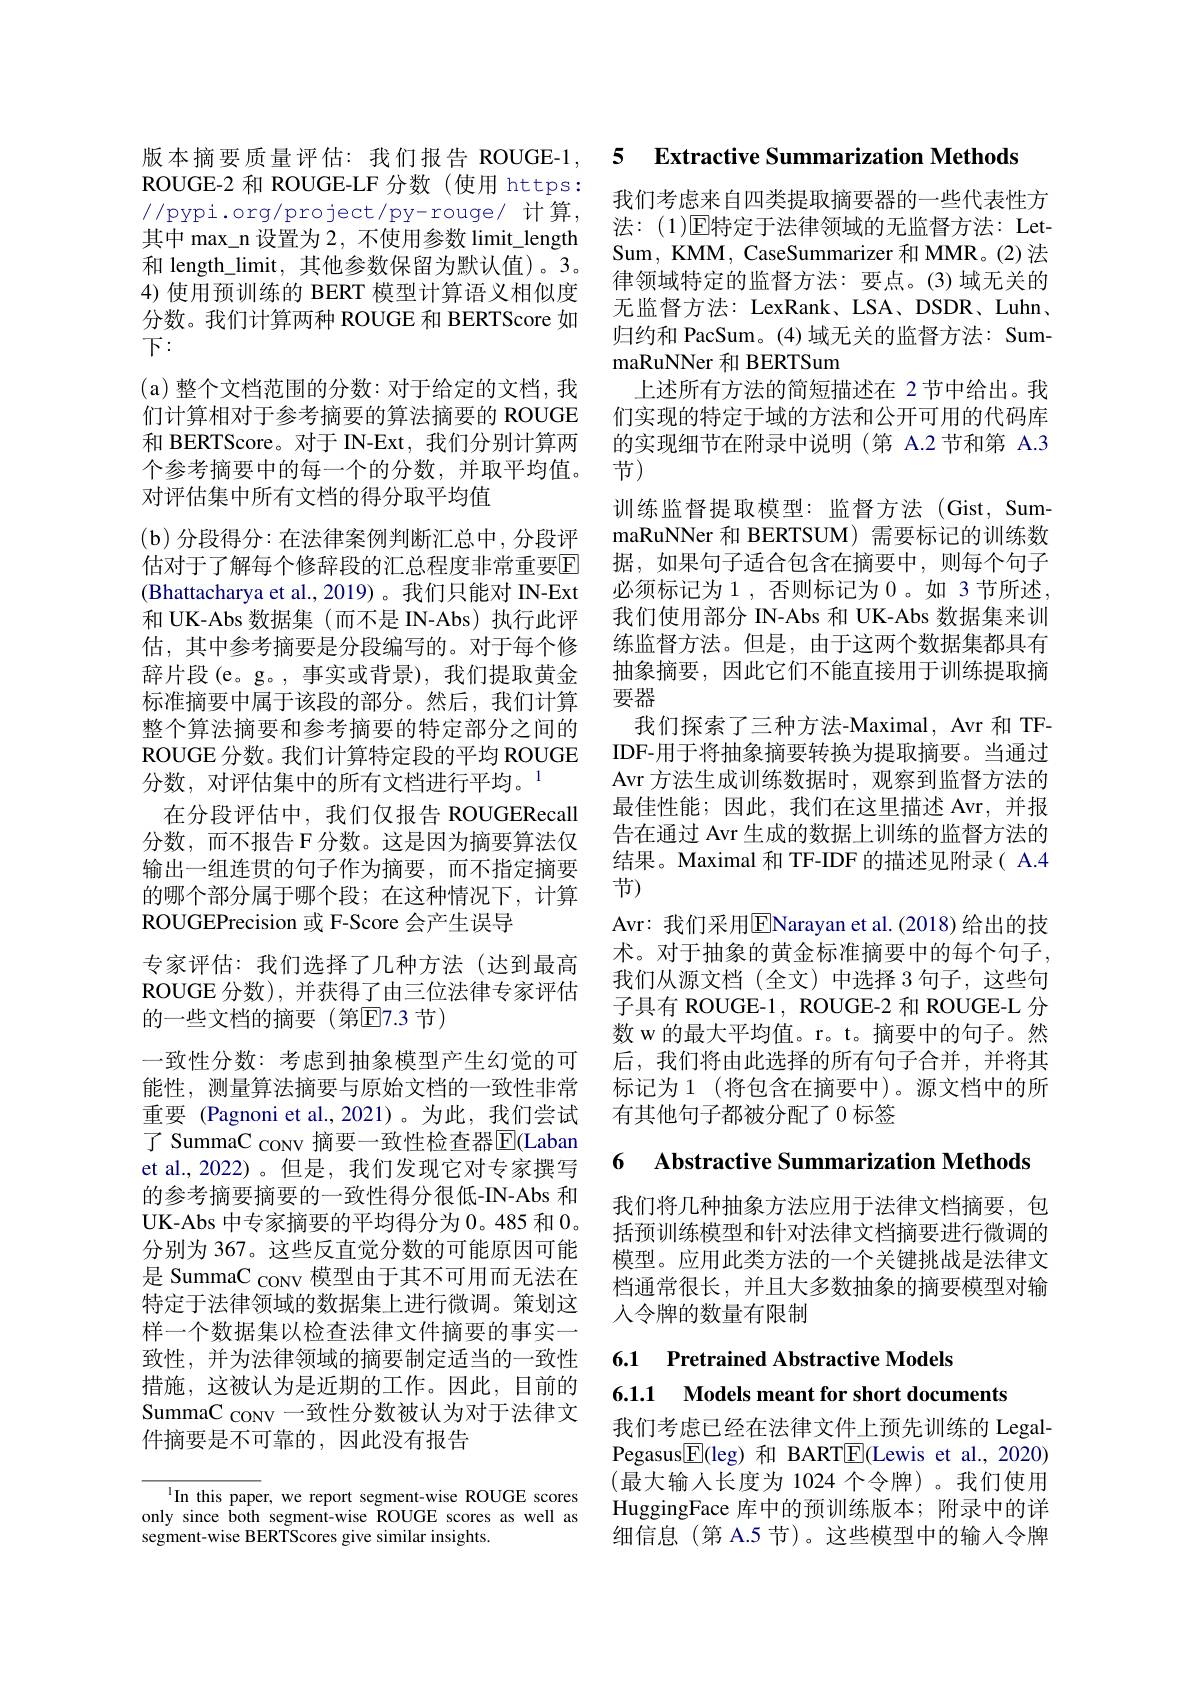
ROUGE-2 和 ROUGE-LF 分数 (使用 https: 其中 max\_n 设置为 2, 不使用参数 limit\_length 和 length\_limit, 其他参数保留为默认值)。3。4) 使用预训练的 BERT 模型计算语义相似度分数。我们计算两种 ROUGE 和 BERTScore 如下：
(a)整个文档范围的分数：对于给定的文档，我们计算相对于参考摘要的算法摘要的 ROUGE 和 BERTScore。对于 IN-Ext, 我们分别计算两个参考摘要中的每一个的分数，并取平均值。对评估集中所有文档的得分取平均值
(b)分段得分：在法律案例判断汇总中，分段评估对于了解每个修辞段的汇总程度非常重要$\overline{\mathrm{E}}$ (Bhattacharya et al.,2019)。我们只能对 IN-Ext 和 UK-Abs 数据集 (而不是 IN-Abs)执行此评估，其中参考摘要是分段编写的。对于每个修辞片段(e。g。,事实或背景),我们提取黄金标准摘要中属于该段的部分。然后，我们计算整个算法摘要和参考摘要的特定部分之间的ROUGE 分数。我们计算特定段的平均 ROUGE 分数，对评估集中的所有文档进行平均。1
在分段评估中，我们仅报告 ROUGERecall 分数，而不报告 F 分数。这是因为摘要算法仅输出一组连贯的句子作为摘要，而不指定摘要的哪个部分属于哪个段；在这种情况下，计算ROUGEPrecision 或 F-Score 会产生误导
专家评估：我们选择了几种方法(达到最高ROUGE 分数), 并获得了由三位法律专家评估的一些文档的摘要(第$\mathbb{E}$7.3 节)
一致性分数：考虑到抽象模型产生幻觉的可能性，测量算法摘要与原始文档的一致性非常重要 (Pagnoni et al.,2021)。为此，我们尝试了 SummaC coNv 摘要一致性检查器$\overline{\mathrm{E}}($Laban et al., 2022)。但是，我们发现它对专家撰写的参考摘要摘要的一致性得分很低-IN-Abs 和UK-Abs 中专家摘要的平均得分为0。485和0。分别为 367。这些反直觉分数的可能原因可能是 SummaC conv 模型由于其不可用而无法在特定于法律领域的数据集上进行微调。策划这样一个数据集以检查法律文件摘要的事实一致性，并为法律领域的摘要制定适当的一致性措施，这被认为是近期的工作。因此，目前的SummaC coNV 一致性分数被认为对于法律文件摘要是不可靠的，因此没有报告

In this paper, we report segment-wise ROUGE scores only since both segment-wise ROUGE scores as well as segment-wise BERTScores give similar insights.

版本摘要质量评估：我们报告 ROUGE-1, 5 Extractive Summarization Methods

$l/$pypi.org/project/py-rouge/计算，$\begin{array}{ccc}\text{我们考虑来自四类提取摘要器的一些代表性方}\\\text{注：(1)同特定干法律领域的无监督方法：Iet}\end{array}$
法 : ( 1) ${\mathrm{E} }$特定于法律领域的无监督方法：LetSum, KMM, CaseSummarizer 和 MMR。(2) 法律领域特定的监督方法：要点。(3)域无关的无监督方法：LexRank、LSA、DSDR、Luhn、 归约和 PacSum。(4)域无关的监督方法：SummaRuNNer 和 BERTSum
上述所有方法的简短描述在 2 节中给出。我们实现的特定于域的方法和公开可用的代码库的实现细节在附录中说明(第 A.2 节和第 A.3节)
训练监督提取模型：监督方法(Gist,SummaRuNNer 和 BERTSUM) 需要标记的训练数据，如果句子适合包含在摘要中，则每个句子必须标记为1 , 否则标记为 0 。如 3 节所述， 我们使用部分 IN-Abs 和 UK-Abs 数据集来训练监督方法。但是，由于这两个数据集都具有抽象摘要，因此它们不能直接用于训练提取摘要器
我们探索了三种方法-Maximal, Avr 和 TFIDF-用于将抽象摘要转换为提取摘要。当通过Avr 方法生成训练数据时，观察到监督方法的最佳性能；因此，我们在这里描述 Avr,并报告在通过 Avr 生成的数据上训练的监督方法的结果。Maximal 和 TF-IDF 的描述见附录( A.4节)
Avr: 我们采用$\overline{\mathrm{E}}$Narayan et al.(2018)给出的技术。对于抽象的黄金标准摘要中的每个句子， 我们从源文档(全文)中选择 3 句子，这些句子具有 ROUGE-1, ROUGE-2 和 ROUGE-L 分数 w 的最大平均值。r。t。摘要中的句子。然后，我们将由此选择的所有句子合并，并将其标记为 1 (将包含在摘要中)。源文档中的所有其他句子都被分配了0 标签

6 Abstractive Summarization Method

我们将几种抽象方法应用于法律文档摘要，包括预训练模型和针对法律文档摘要进行微调的模型。应用此类方法的一个关键挑战是法律文档通常很长，并且大多数抽象的摘要模型对输人令牌的数量有限制

## 6.1 Pretrained Abstractive Models 6.1.1 Models meant for short documents

我们考虑已经在法律文件上预先训练的 LegalPegasus$\boxed{\mathrm{F}}($leg) 和 BARTE(Lewis et al., 2020) (最大输入长度为 1024 个令牌)。我们使用HuggingFace 库中的预训练版本；附录中的详细信息(第 A.5 节)。这些模型中的输入令牌